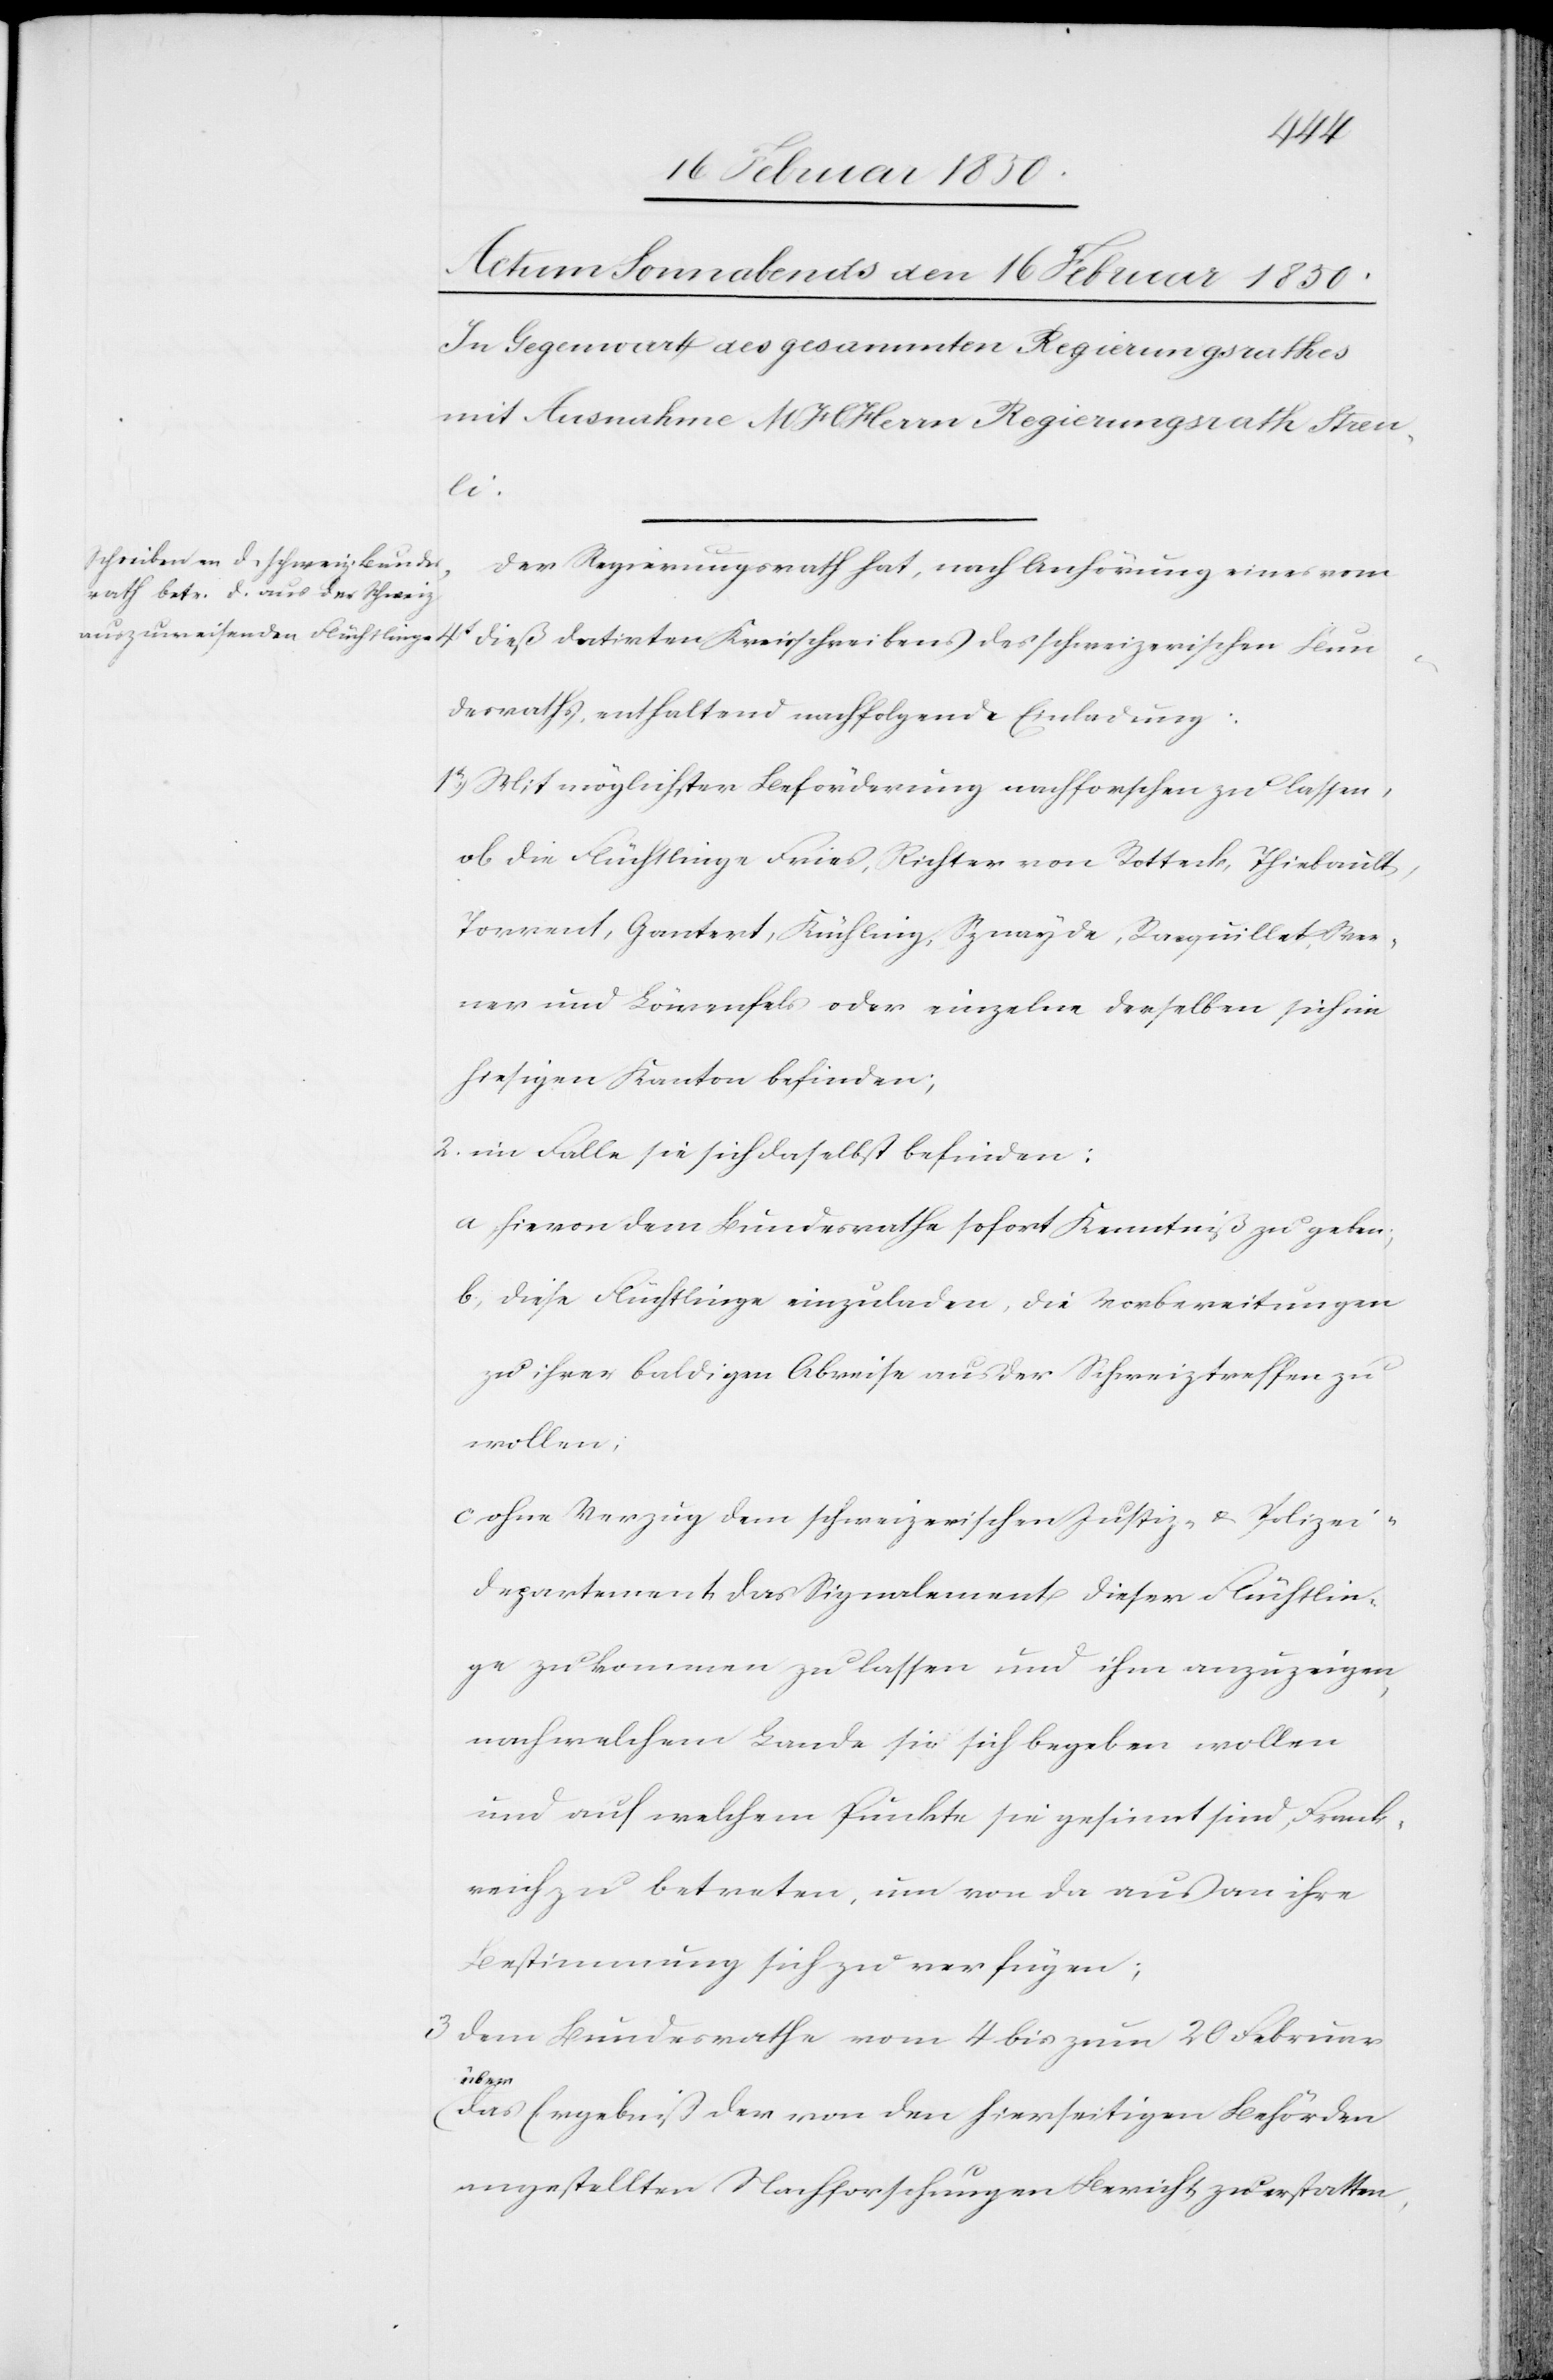
4t
Der Regierungsrath hat, nach Anhörung eines vom
dieß datirten Kreisschreibens des schweizerischen Bun¬
desraths, enthaltend nachfolgende Einladung:
1t) Mit möglichster Beförderung nachforschen zu lassen,
ob die Flüchtlinge Fries, Richter von Rotteck, Thiebault,
Torrent, Gantert, Küchling, Sznayde, Racquillet, Wer¬
ner und Löwenfels oder einzelne derselben sich im
hiesigen Kanton befinden;
2. im Falle sie sich daselbst befinden:
a hievon dem Bundesrathe sofort Kenntniß zu geben;
b diese Flüchtlinge einzuladen, die Vorbereitungen
zu ihrer baldigen Abreise aus der Schweiz treffen zu
wollen;
c ohne Verzug dem schweizerischen Justiz- u. Polizei¬
departement das Signalement dieser Flüchtlin¬
ge zukommen zu lassen und ihm anzuzeigen,
nach welchem Lande sie sich begeben wollen
und auf welchem Punkte sie gesinnet sind, Frank¬
reich zu betreten, um von da aus an ihre
Bestimmung sich zu verfügen;
3 dem Bundesrathe vom 4 bis zum 20 Februar
über
das Ergebniß der von den hierseitigen Behörden
angestellten Nachforschungen Bericht zu erstatten,